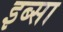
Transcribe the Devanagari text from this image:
इब्‍सा